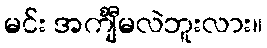
မင်း အင်္ကျီမလဲဘူးလား။